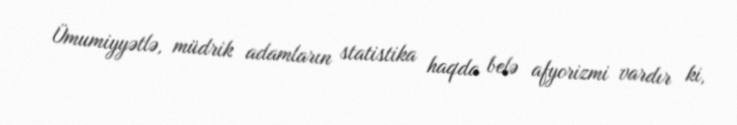
Ümumiyyətlə, müdrik adamların statistika haqda belə afyorizmi vardır ki,